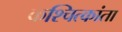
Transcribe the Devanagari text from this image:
कश्चित्कांता